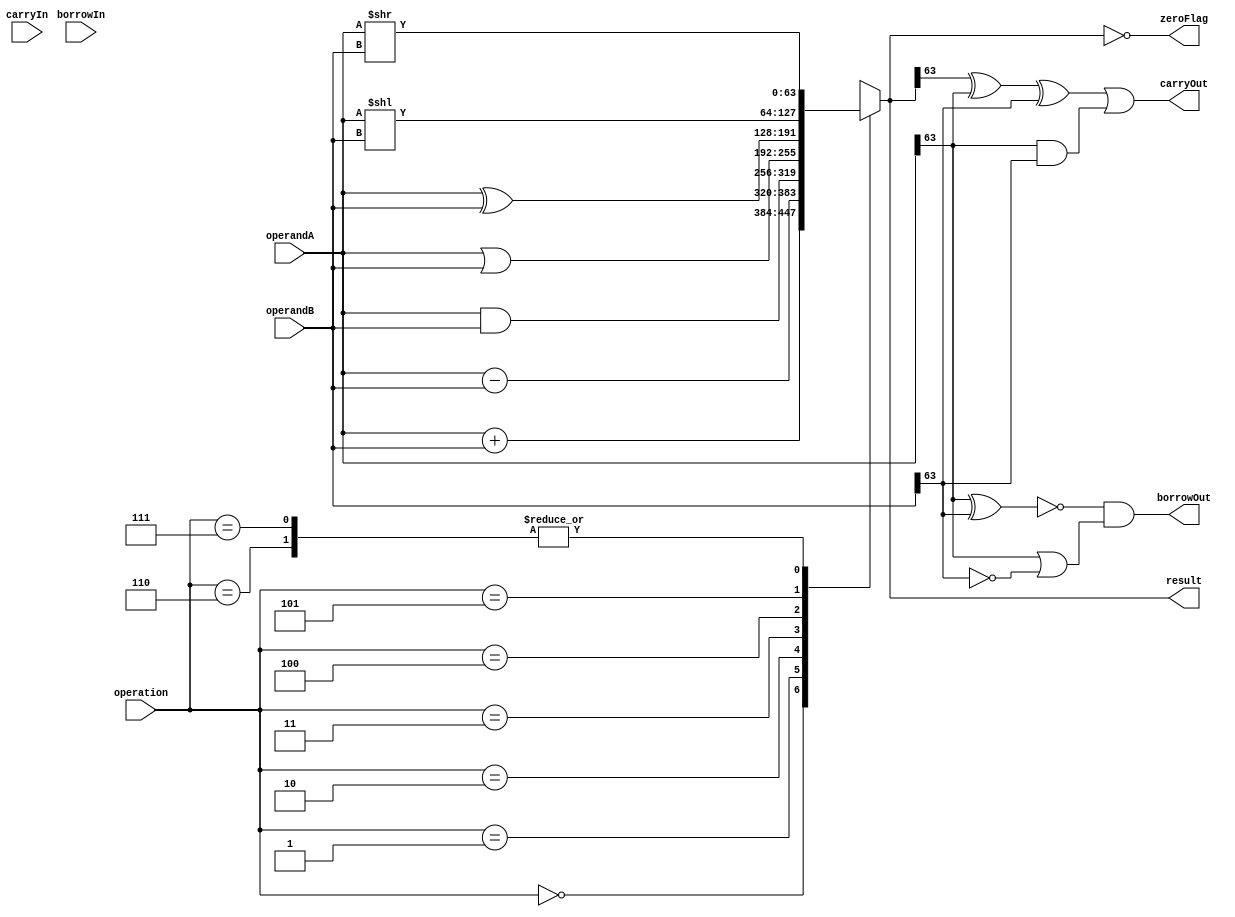
module ALU(input [63:0] operandA, input [63:0] operandB, input [2:0] operation, input carryIn, input borrowIn,
           output [63:0] result, output carryOut, output borrowOut, output zeroFlag);

    reg [63:0] result;
    reg carryOut, borrowOut, zeroFlag;

    always @(*)
    begin
        case(operation)
            3'b000: result = operandA + operandB; // Addition
            3'b001: result = operandA - operandB; // Subtraction
            3'b010: result = operandA & operandB; // AND
            3'b011: result = operandA | operandB; // OR
            3'b100: result = operandA ^ operandB; // XOR
            3'b101: result = operandA << operandB; // Shift Left
            3'b110: result = operandA >> operandB; // Shift Right
            3'b111:   // Logical and Arithmetic Right Shift
                begin
                    if(operandA[63] == 1)  // Sign bit is 1, shift right arithmetically
                        result = {operandA[63], operandA >> operandB};
                    else  // Sign bit is 0, shift right logically
                        result = operandA >> operandB;
                end
            default: result = 64'b0; // Default to zero for invalid operation
        endcase
        
        carryOut = (result[63] ^ operandA[63] ^ operandB[63]) | (operandA[63] & operandB[63]);
        borrowOut = ~(operandA[63] ^ operandB[63]) & (operandA[63] | ~operandB[63]);
        zeroFlag = (result == 64'b0);
    end

endmodule